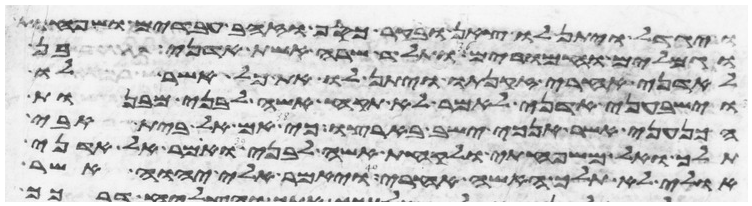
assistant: ויגדל ויתן לו צאן ובקר כסף וזהב עבדים ושפחות
וגמלים וחמרים ותלד שרה אשת אדני בן
לאדני אחרי זקנתו ויתן לו את כל אשר לו
וישבעני אדני לאמר לא תקח אשה לבני מבנות
הכנעני אשר אנכי ישב בארצו כי אם אל בית אבי
תלך ואל משפחתי ולקחת אשה לבני ואמר אל אדני
אולי לא תלך האשה אחרי ויאמר אלי יהוה אשר